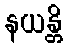
နယန္တိ